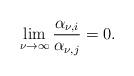
LaTeX: \begin{align*}\lim_{\nu \to \infty} \frac{\alpha_{\nu,i}}{\alpha_{\nu,j}} = 0.\end{align*}